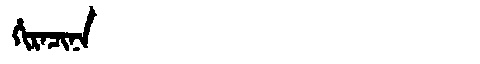
Manchu: ᡥᡳᡵᠠᠴᡳᠨᠠ
Romanization: HIRACINA